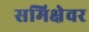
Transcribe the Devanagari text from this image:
समिक्षेवर